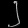
Digit: ၂